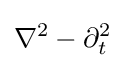
\nabla ^{2}-\partial _{t}^{2}